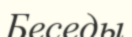
Беседы